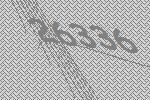
26336